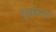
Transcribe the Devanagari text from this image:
वृक्षरूप